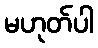
မဟုတ်ပါ